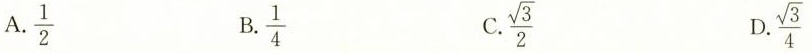
A.\frac{1}{2} B.\frac{1}{4} C.\frac{\sqrt{3}}{2} D.\frac{\sqrt{3}}{4}